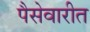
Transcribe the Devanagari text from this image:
पैसेवारीत